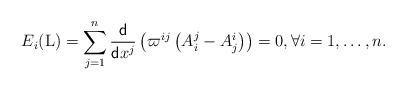
LaTeX: \begin{align*}E_i({\rm L})=\sum_{j=1}^n\frac{\sf d}{{\sf d}{x^j}}\left(\varpi^{ij}\left( A^j_i - A^i_j\right)\right)=0,\forall i=1,\dots,n.\end{align*}